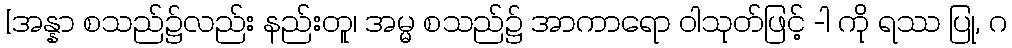
[အန္နာ စသည်၌လည်း နည်းတူ၊ အမ္မ စသည်၌ အာကာရော ဝါသုတ်ဖြင့် -ါ ကို ရဿ ပြု, ဂ